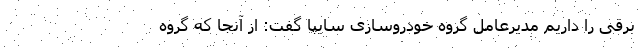
برقی را داریم مدیرعامل گروه خودروسازی سایپا گفت: از آنجا که گروه